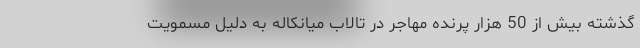
گذشته بیش از 50 هزار پرنده مهاجر در تالاب میانکاله به دلیل مسمویت